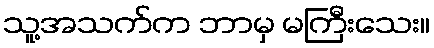
သူ့အသက်က ဘာမှ မကြီးသေး။